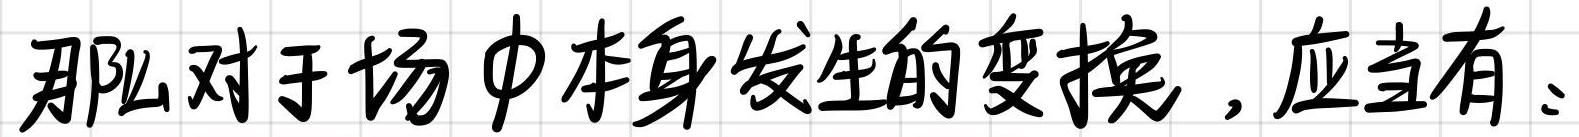
那么对于场中本身发生的变换，应当有：